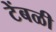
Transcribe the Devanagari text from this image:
टेंबळी